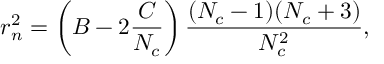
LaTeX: r _ { n } ^ { 2 } = \left( B - 2 \frac { C } { N _ { c } } \right) \frac { ( N _ { c } - 1 ) ( N _ { c } + 3 ) } { N _ { c } ^ { 2 } } ,